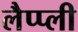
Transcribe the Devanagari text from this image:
लैप्प्ली